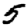
Digit: 5